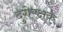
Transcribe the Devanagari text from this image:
दुगेरक्षक